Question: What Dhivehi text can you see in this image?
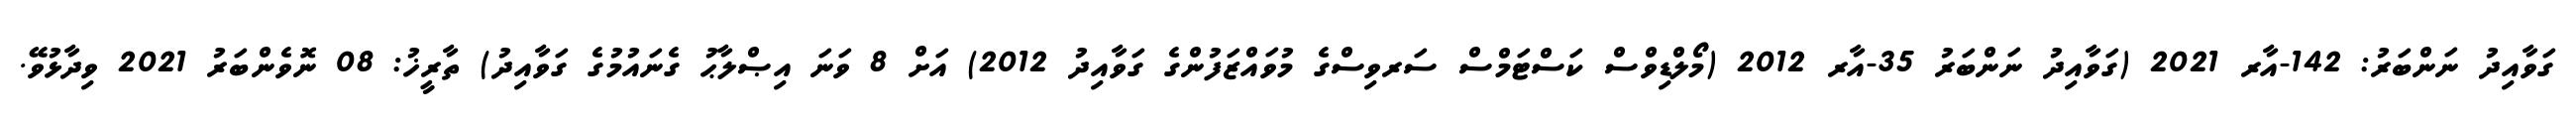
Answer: ގަވާއިދު ނަންބަރު: 142-އާރ 2021 (ގަވާއިދު ނަންބަރު 35-އާރ 2012 (މޯލްޑިވްސް ކަސްޓަމްސް ސަރވިސްގެ މުވައްޒަފުންގެ ގަވާއިދު 2012) އަށް 8 ވަނަ އިޞްލާޙު ގެނައުމުގެ ގަވާއިދު) ތާރީޚު: 08 ނޮވެންބަރު 2021 ވިދާޅުވޭ.